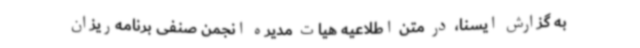
به گزارش ایسنا، در متن اطلاعیه هیات مدیره انجمن صنفی برنامه‌ریزان